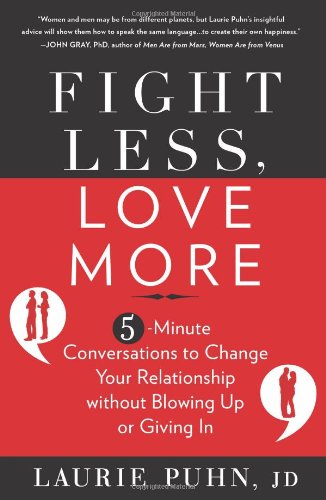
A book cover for Fight Less, Love More: 5-Minute Conversations to Change Your Relationship without Blowing Up or Giving In; Laurie Puhn; Parenting & Relationships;